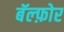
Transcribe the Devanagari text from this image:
बॅल्फ़ोर